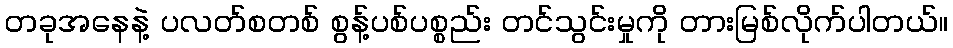
တခုအနေနဲ့ ပလတ်စတစ် စွန့်ပစ်ပစ္စည်း တင်သွင်းမှုကို တားမြစ်လိုက်ပါတယ်။